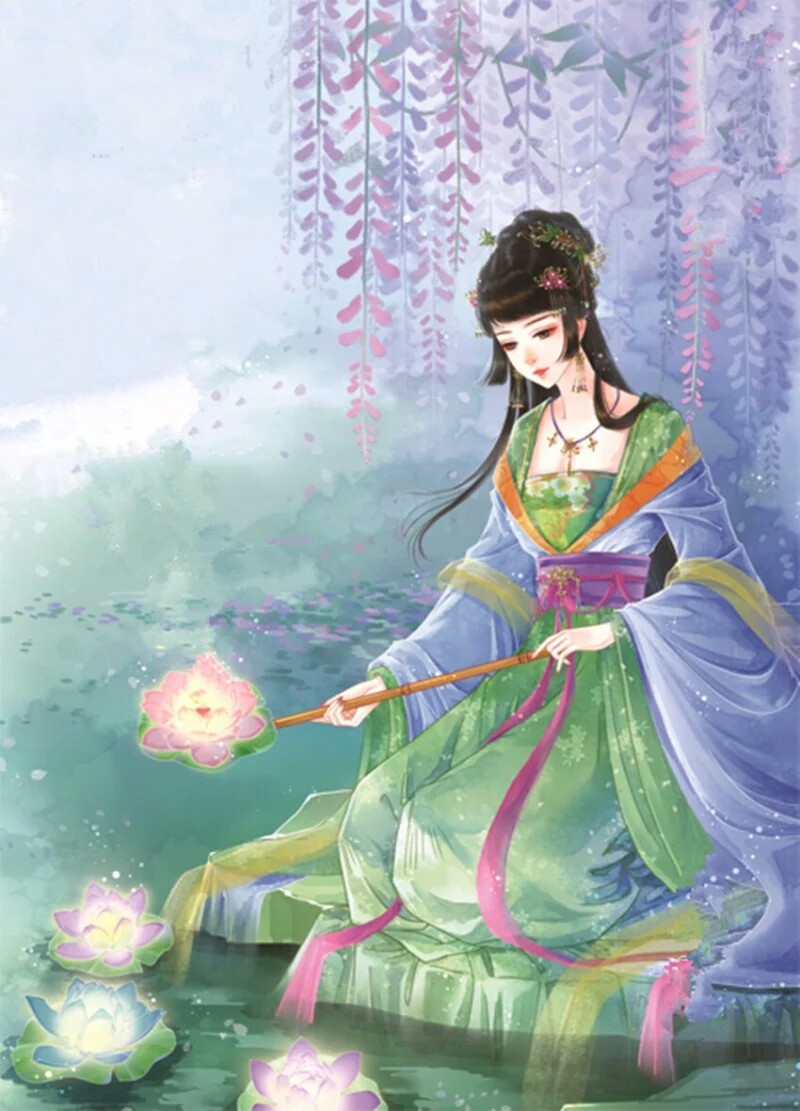
花前失却游春侣，独自寻芳。